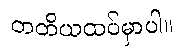
တတိယထပ်မှာပါ။